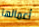
أعمالها